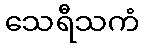
သေရီသကံ